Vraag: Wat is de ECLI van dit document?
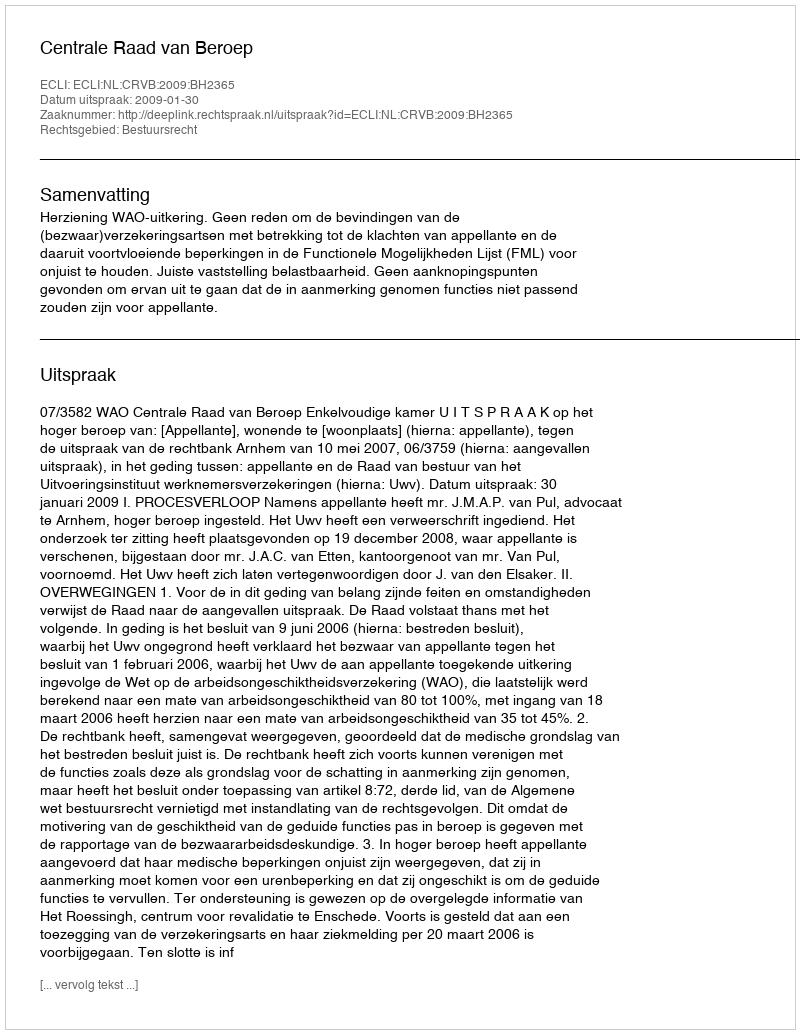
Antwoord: ECLI:NL:CRVB:2009:BH2365